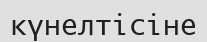
күнелтісіне